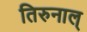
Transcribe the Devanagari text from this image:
तिरुनाल्